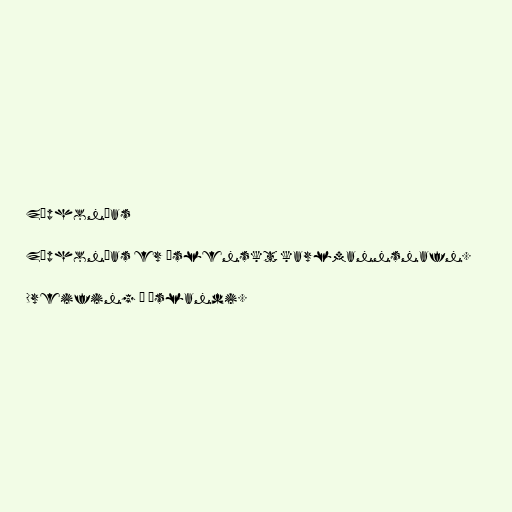
Zóphonías

Zóphonías er íslenskt karlmannsnafn.

Dreifing á Íslandi.